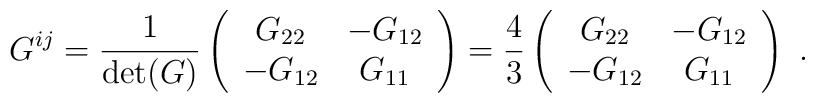
G^{ij}={1\over \det(G)} \left(\begin{array}{cc}               G_{22} & -G_{12}\\               -G_{12} & G_{11}              \end{array}\right)= {4\over 3} \left(\begin{array}{cc}               G_{22} & -G_{12}\\               -G_{12} & G_{11}              \end{array}\right)~.